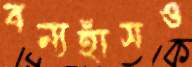
বন্যহাঁসও